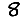
Digit: 8